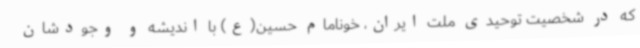
که در شخصیت توحیدی ملت ایران، خونامام حسین(ع) با اندیشه و وجودشان